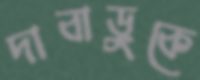
দাবাড়ুকে